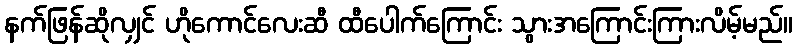
နက်ဖြန်ဆိုလျှင် ဟိုကောင်လေးဆီ ထီပေါက်ကြောင်း သွားအကြောင်းကြားလိမ့်မည်။